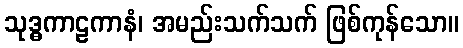
သုဒ္ဓကာဠကာနံ၊ အမည်းသက်သက် ဖြစ်ကုန်သော။